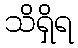
သိရှိရ